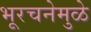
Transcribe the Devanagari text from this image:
भूरचनेमुळे